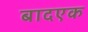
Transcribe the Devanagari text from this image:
बादएक